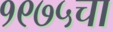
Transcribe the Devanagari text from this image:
१९७५चा